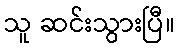
သူ ဆင်းသွားပြီ။